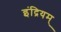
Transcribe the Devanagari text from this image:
इंद्रियम्